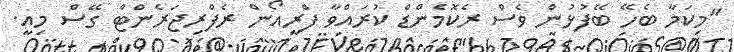
"މިކަމާ ބެހޭ ބޭފުޅުން ވެސް ރެކޮމެންޑް ކުރައްވާ ފްރީއޯން ރެފްރިޖަރެންޓް ގޭސް މިއީ.